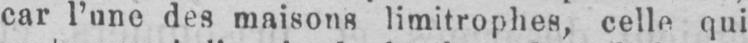
car l’une des maisons limitrophes, celle qui